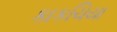
કાકચિયા